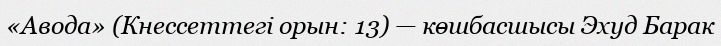
«Авода» (Кнессеттегі орын: 13) — көшбасшысы Эхуд Барак